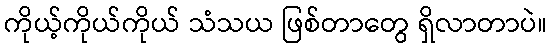
ကိုယ့်ကိုယ်ကိုယ် သံသယ ဖြစ်တာတွေ ရှိလာတာပဲ။